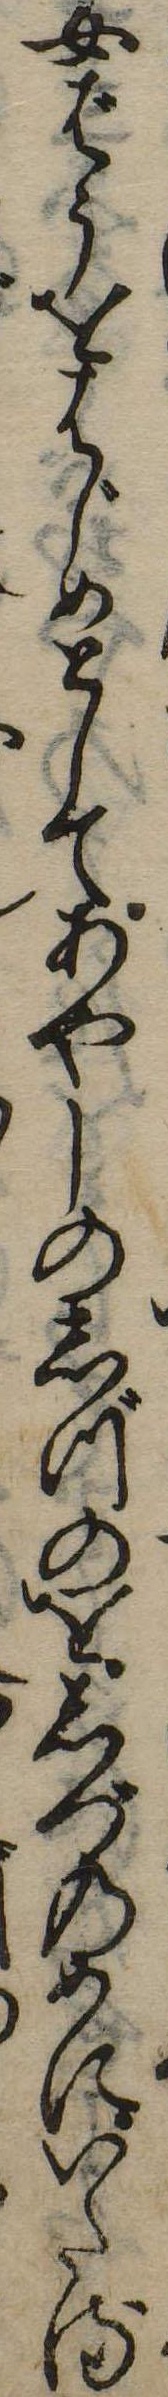
女ばうをはじめとしてあやしのしづのをしづのめにいたる